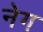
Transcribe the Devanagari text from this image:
नेग